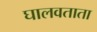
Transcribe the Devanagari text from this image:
घालवताता